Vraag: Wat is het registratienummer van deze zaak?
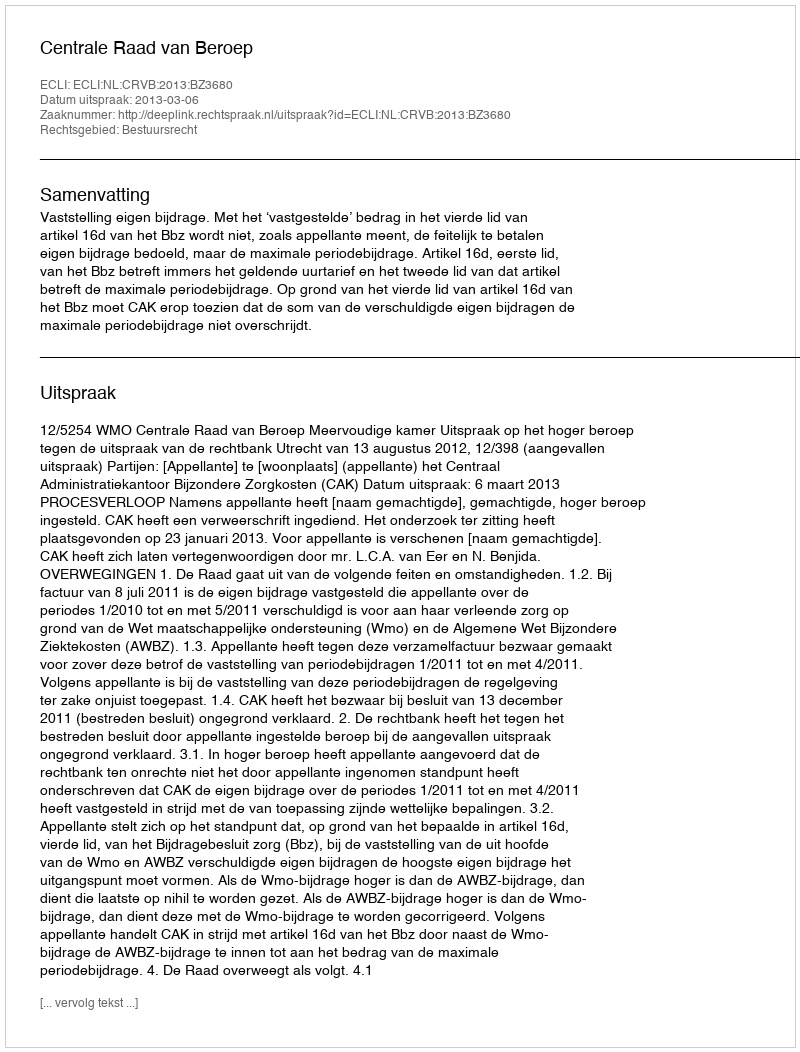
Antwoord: http://deeplink.rechtspraak.nl/uitspraak?id=ECLI:NL:CRVB:2013:BZ3680